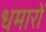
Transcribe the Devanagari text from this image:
धमारों